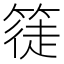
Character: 𥱰